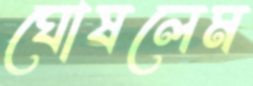
ঘোষলেম